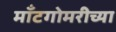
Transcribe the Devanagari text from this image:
मॉँटगोमरीच्या